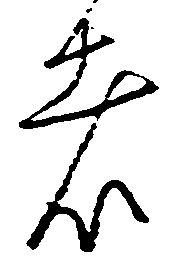
者